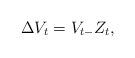
LaTeX: \begin{align*}\Delta V_t=V_{t-}Z_t,\end{align*}